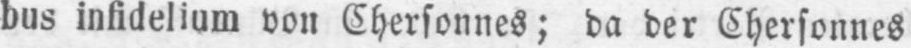
bus infidelium von Cherfonnes; da der Cherfonnes